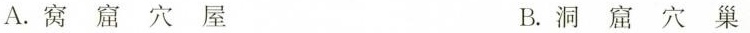
A. 窝 窟 穴 屋 B. 洞 窟 穴 巢